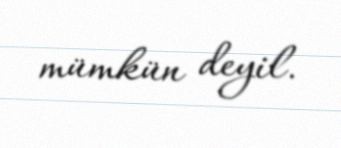
mümkün deyil.